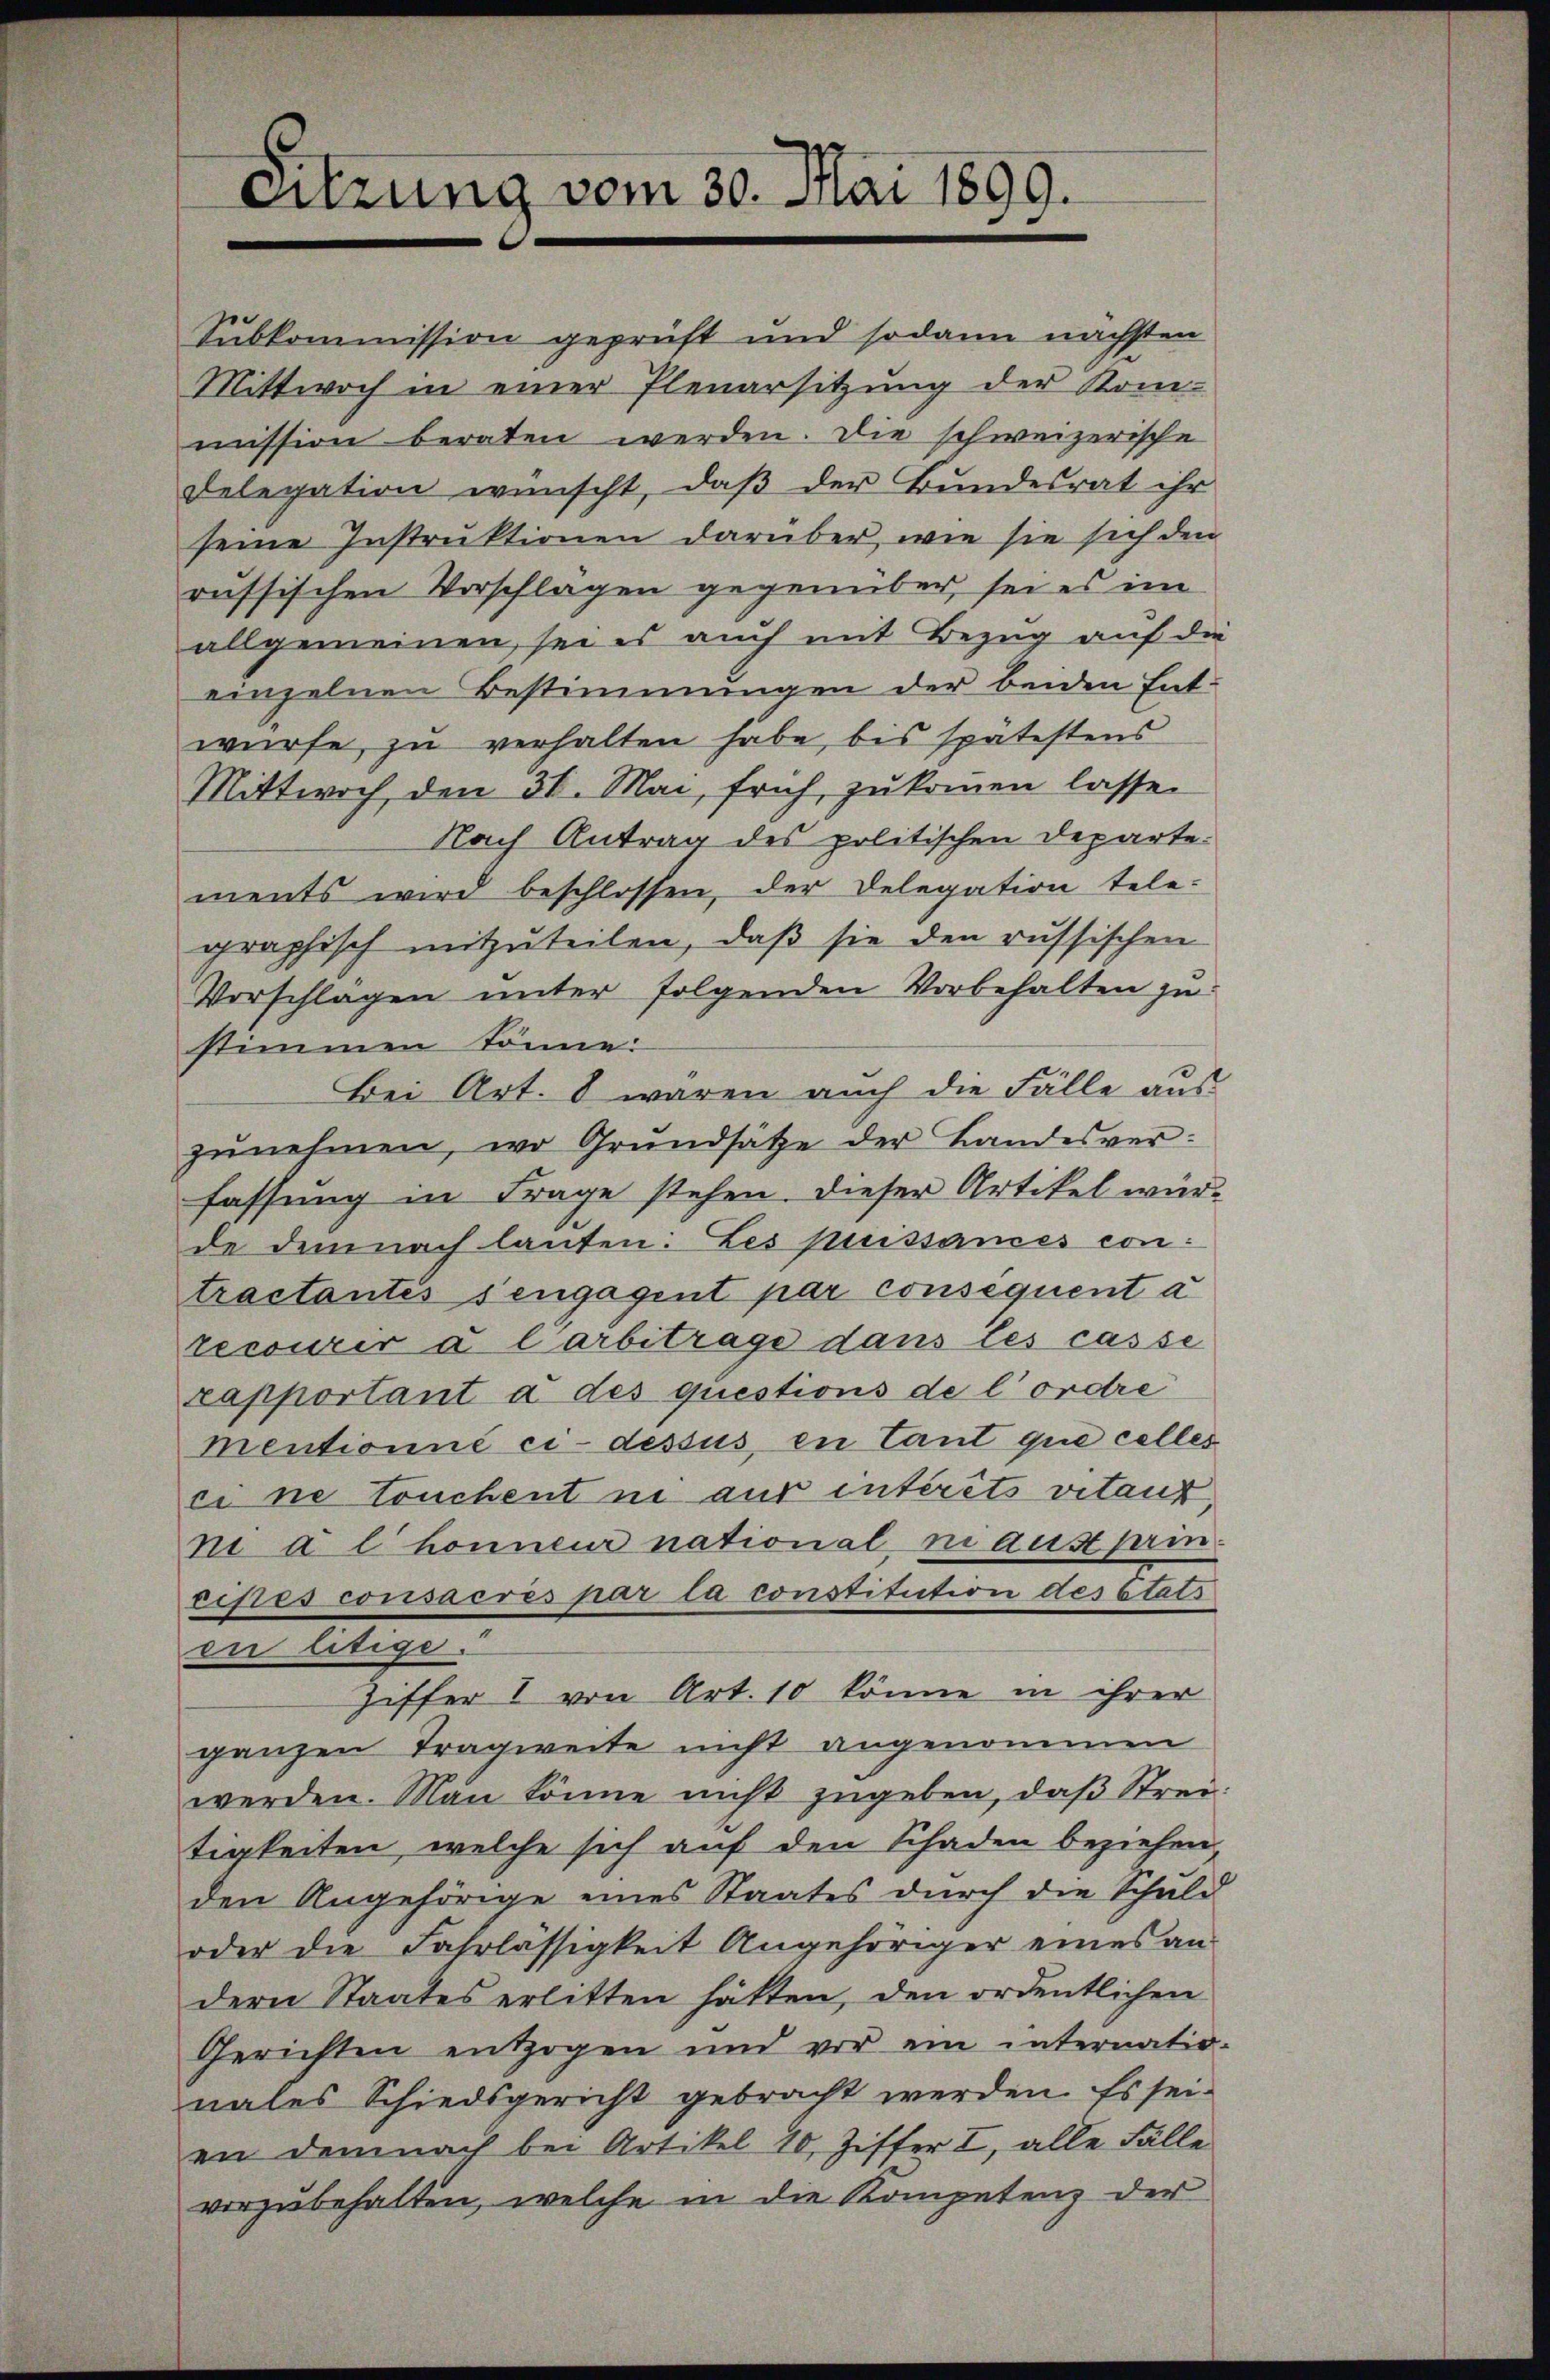
Sitzung vom 30. Mai 1899.

Subkommission geprüft und sodann nächsten
Mittwoch in einer Plenarsitzung der Kommission beraten werden. Die schweizerische
Delegation wünscht, daß der Bundesrat ihr
seine Instruktionen darüber, wie sie sich den
russischen Vorschlagen gegenüber, sei es im
allgemeinen, sei es auch mit Bezug auf die
einzelnen Bestimmungen der beiden Entwürfe, zu verhalten habe, bis spätestens
Mittwoch, den 31. Mai, früh, zu kommen lasse.
Nach Antrag des politischen Departements wird beschlossen, der Delegation tele-
graphisch mitzŭteilen, daβ sie den russischen
Vorschlagen unter folgenden Vorbehalten zu
stimmen könne:
Bei Art. 8 waren auch die Fälle aus
zŭnehmen, wo Grundsätze der Bandesverfassung in Frage stehen. Dieser Artikel würde demnach lauten: Les puissances con
tractantes sengagent par conséquent a
recourir a Carbitrage dans les casse
zapportant à des questions de l’ordre
mentionné ci-dessus, en tant que celles
ci ne touchent ne aus intérêts vitant,
ni a l honneur national ni aus prin
cipes consacres par la constitution des Etats
in litige.
ziffer I von Art. 10 könne in ihrer
ganzen Tragweite nicht angenommen
werden. Man könne nicht zugeben, daß Streitigkeiten, welche sich auf den Schaden beziehen,
den Angehörige eines Staates durch die Schuld
oder die Fahrlässigkeit Angehöriger eines an-
dern Staates erlitten hätten, den ordentlichen
Gerichten entzogen und vor ein internatio-
nales Schiedsgericht gebracht werden. Es sei-
en demnach bei Artikel 10, Ziffer I, alle Fälle
vorzubehalten, welche in die Kompetenz der